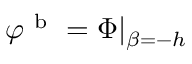
\varphi ^ { \mathrm { ~ b ~ } } = \Phi \vert _ { \beta = - h }